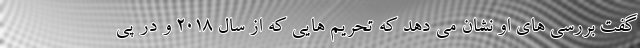
گفت بررسی های او نشان می دهد که تحریم هایی که از سال 2018 و در پی